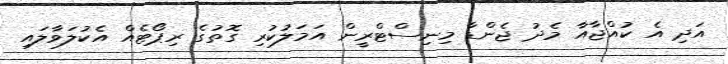
އަދި އެ ކުއްޖާއާ މެދު ޖެންޑާ މިނިސްޓްރީން އަމަލުކުރި ގޮތުގެ ރިޕޯޓެއް އެކުލަވާލައި